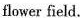
flower field.